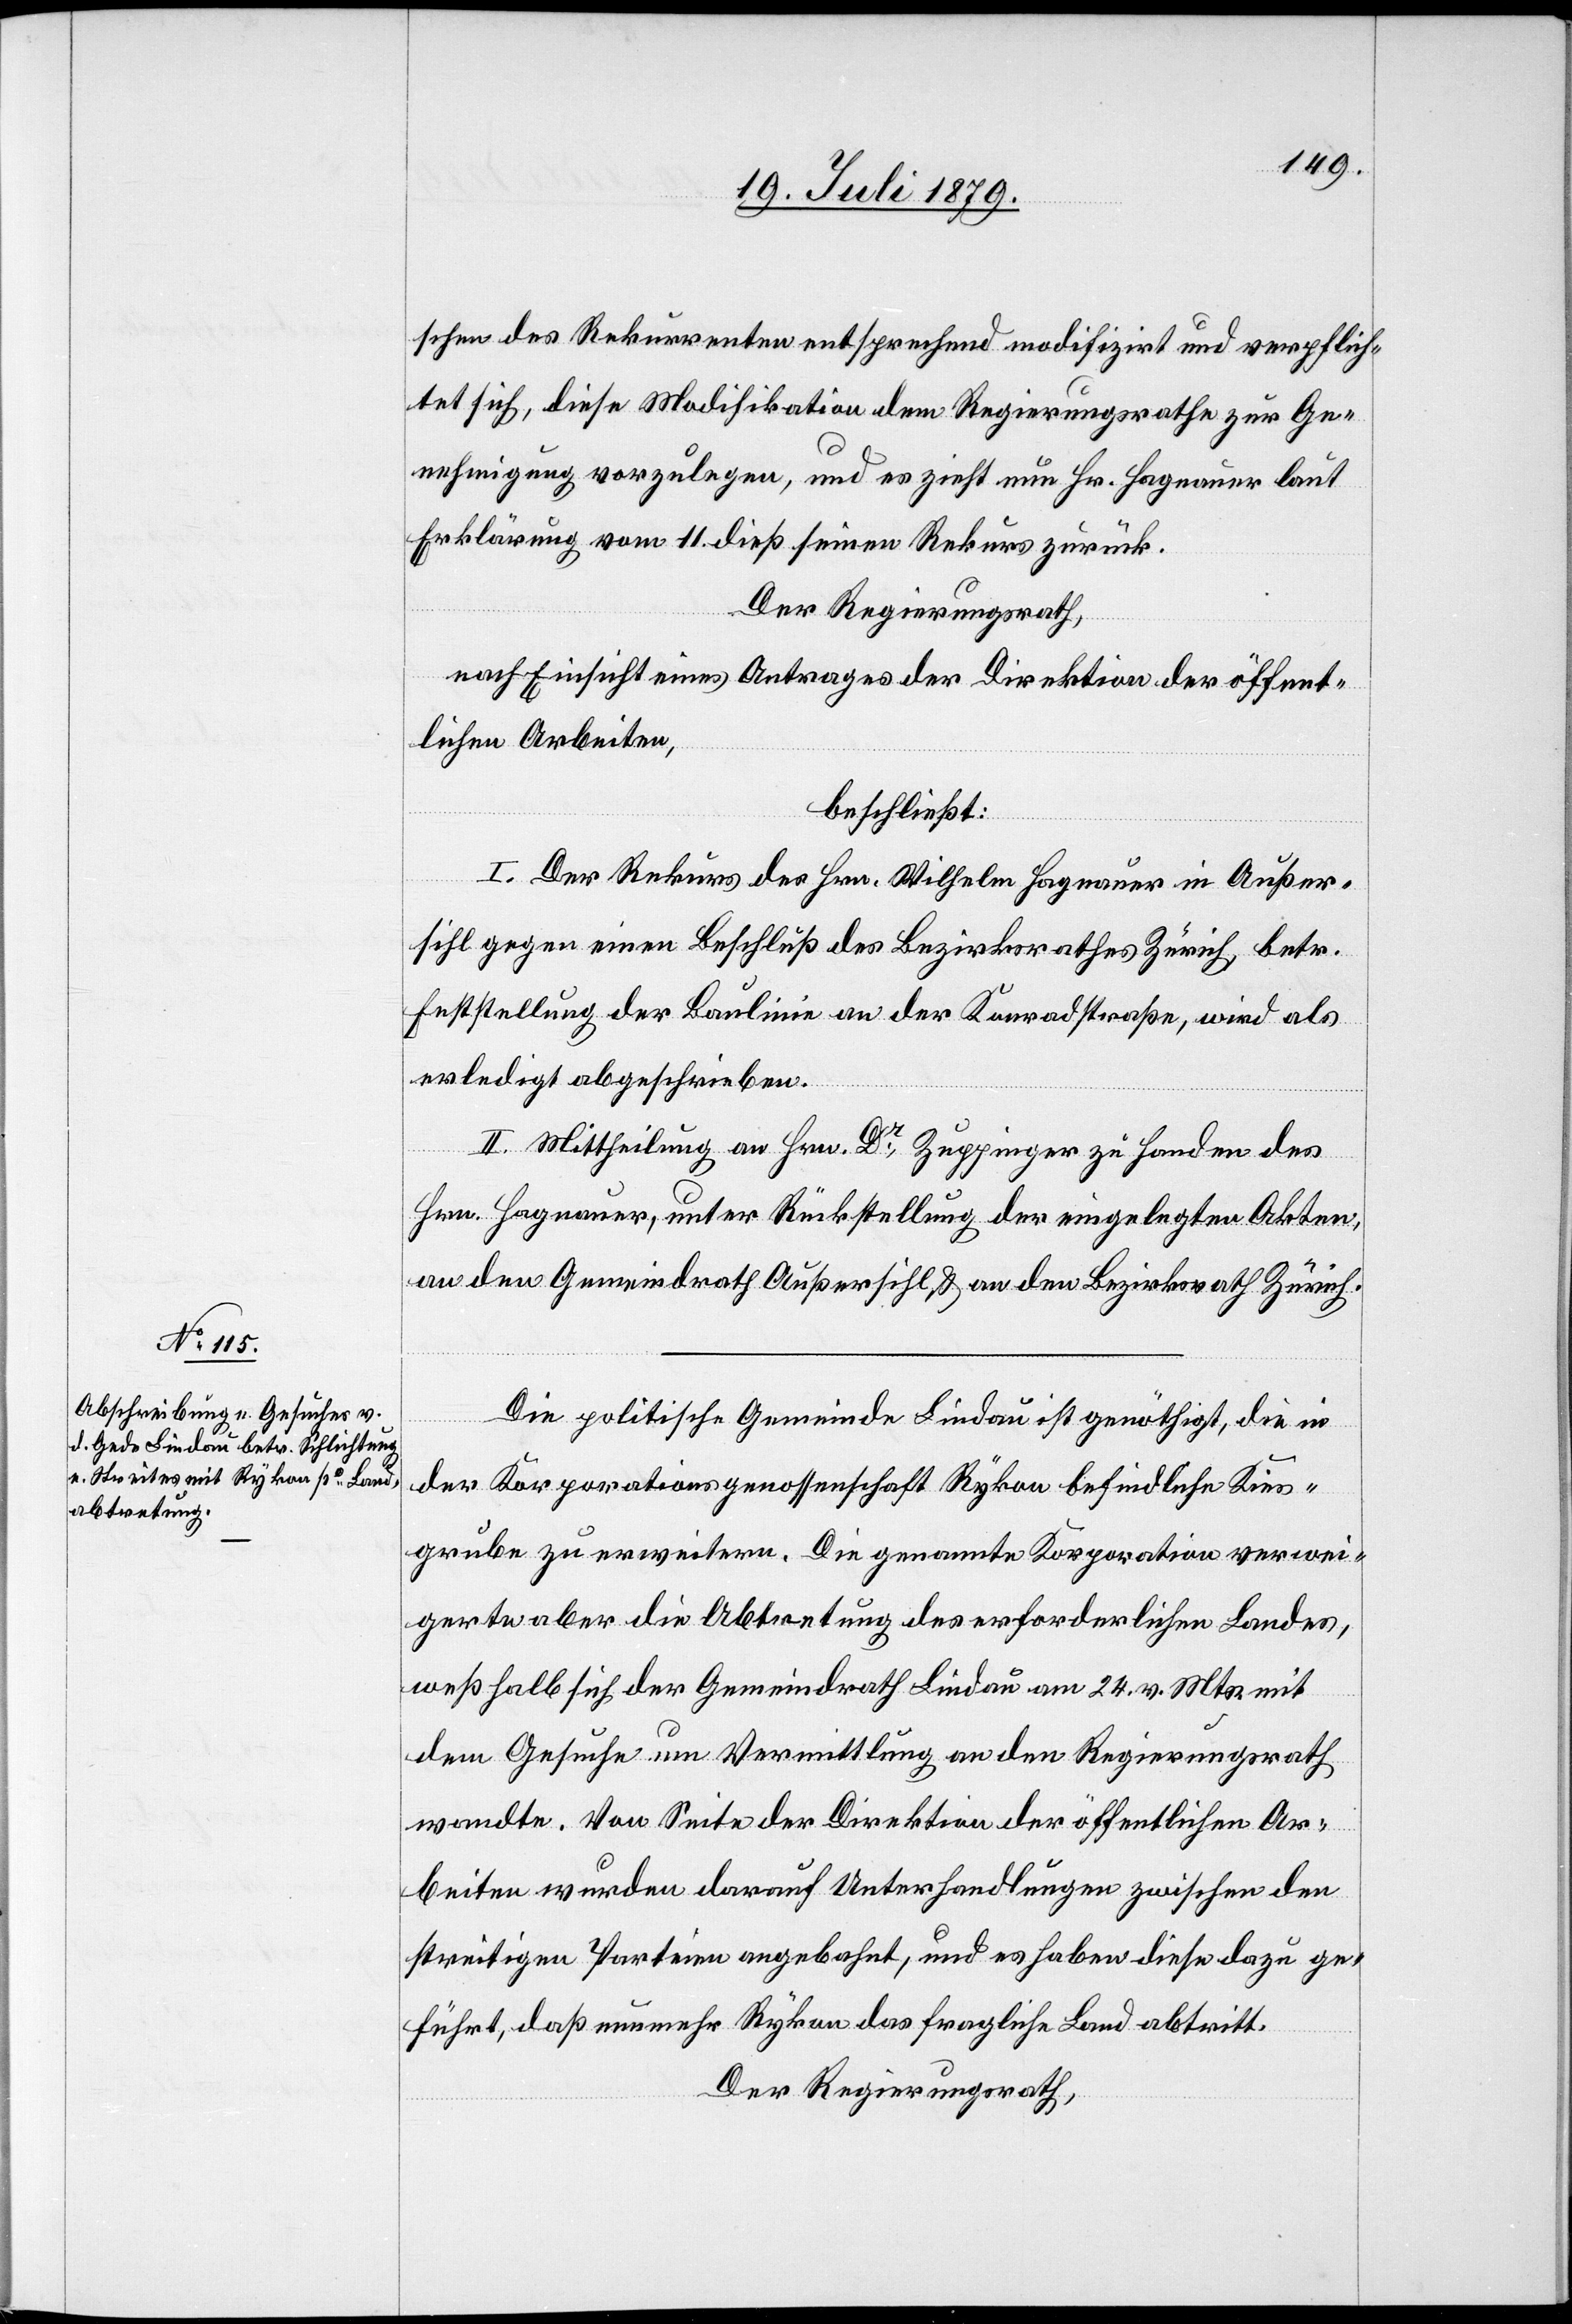
schen des Rekurrenten entsprechend modifizirt und verpflich¬
tet sich, diese Modifikation dem Regierungsrathe zur Ge¬
nehmigung vorzulegen, und es zieht nun Hr. Hagnauer laut
Erklärung vom 11. dieß seinen Rekurs zurück.
Der Regierungsrath,
nach Einsicht eines Antrages der Direktion der öffent¬
lichen Arbeiten,
beschließt:
I. Der Rekurs des Hrn. Wilhelm Hagnauer in Außer¬
sihl gegen einen Beschluß des Bezirksrathes Zürich, betr.
Feststellung der Baulinie an der Konradstraße, wird als
erledigt abgeschrieben.
II. Mittheilung an Hrn. Dr Zuppinger zu Handen des
Hrn. Hagnauer, unter Rückstellung der eingelegten Akten,
an den Gemeindrath Außersihl, & an den Bezirksrath Zürich.
Die politische Gemeinde Lindau ist genöthigt, die in
der Korporationsgenossenschaft Rykon befindliche Kies¬
grube zu erweitern. Die genannte Korporation verwei¬
gerte aber die Abtretung des erforderlichen Landes,
weßhalb sich der Gemeindrath Lindau am 24. v. Mts. mit
dem Gesuche um Vermittlung an den Regierungsrath
wandte. Von Seite der Direktion der öffentlichen Ar¬
beiten wurden darauf Unterhandlungen zwischen den
streitigen Parteien angebahnt, und es haben diese dazu ge¬
führt, daß nunmehr Rykon das fragliche Land abtritt.
Der Regierungsrath,